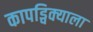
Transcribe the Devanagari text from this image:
कापड्विक्याला